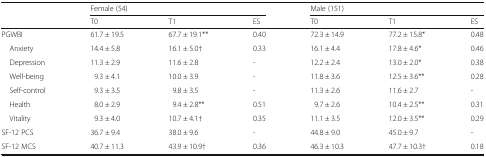
| <ROWSPAN=2>  | <COLSPAN=3> Female (54) | <COLSPAN=3> Male (151) |
 | T0 | T1 | ES | T0 | T1 | ES |
 | --- | --- | --- | --- | --- | --- | --- |
 | PGWBI | 61.7 ± 19.5 | 67.7 ± 19.1** | 0.40 | 72.3 ± 14.9 | 77.2 ± 15.8* | 0.48 |
 | Anxiety | 14.4 ± 5.8 | 16.1 ± 5.0† | 0.33 | 16.1 ± 4.4 | 17.8 ± 4.6* | 0.46 |
 | Depression | 11.3 ± 2.9 | 11.6 ± 2.8 | - | 12.2 ± 2.4 | 13.0 ± 2.0* | 0.38 |
 | Well-being | 9.3 ± 4.1 | 10.0 ± 3.9 | - | 11.8 ± 3.6 | 12.5 ± 3.6** | 0.28 |
 | Self-control | 9.3 ± 3.5 | 9.8 ± 3.5 | - | 11.3 ± 2.6 | 11.6 ± 2.7 | - |
 | Health | 8.0 ± 2.9 | 9.4 ± 2.8** | 0.51 | 9.7 ± 2.6 | 10.4 ± 2.5** | 0.31 |
 | Vitality | 9.3 ± 4.0 | 10.7 ± 4.1† | 0.35 | 11.1 ± 3.5 | 12.0 ± 3.5** | 0.29 |
 | SF-12 PCS | 36.7 ± 9.4 | 38.0 ± 9.6 | - | 44.8 ± 9.0 | 45.0 ± 9.7 | - |
 | SF-12 MCS | 40.7 ± 11.3 | 43.9 ± 10.9† | 0.36 | 46.3 ± 10.3 | 47.7 ± 10.3† | 0.18 |